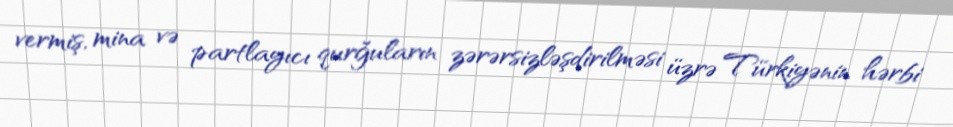
vermiş, mina və partlayıcı qurğuların zərərsizləşdirilməsi üzrə Türkiyənin hərbi